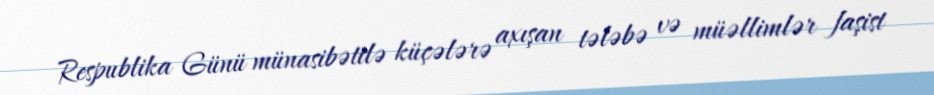
Respublika Günü münasibətilə küçələrə axışan tələbə və müəllimlər faşist